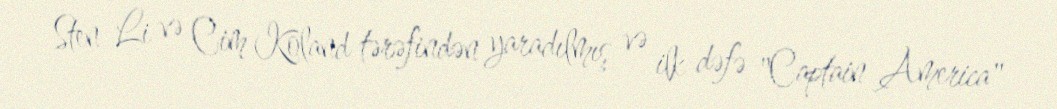
Sten Li və Cim Koland tərəfindən yaradılmış və ilk dəfə "Captain America"